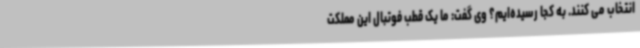
انتخاب می کنند. به کجا رسیده‌ایم؟ وی گفت: ما یک قطب فوتبال این مملکت